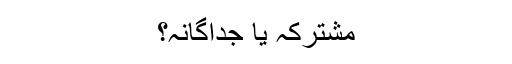
مشترکہ یا جداگانہ؟